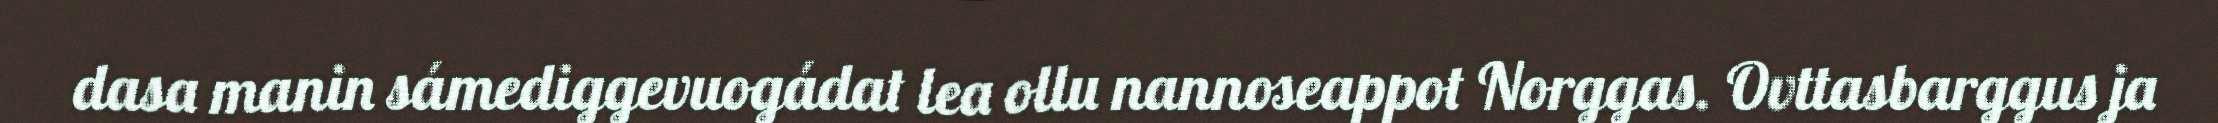
dasa manin sámediggevuogádat lea ollu nannoseappot Norggas. Ovttasbarggus ja